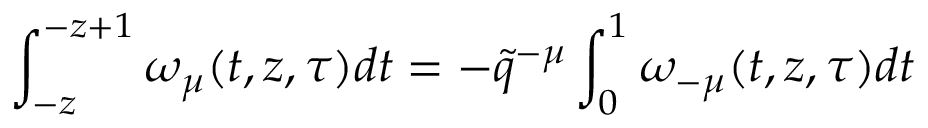
\int _ { - z } ^ { - z + 1 } \omega _ { \mu } ( t , z , \tau ) d t = - \tilde { q } ^ { - \mu } \int _ { 0 } ^ { 1 } \omega _ { - \mu } ( t , z , \tau ) d t